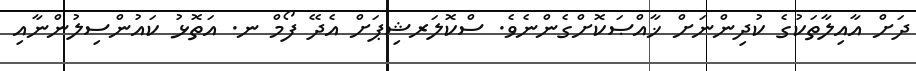
ދަށް އާއިލާތަކުގެ ކުދިންނަށް ޚާއްޞަކޮށްގެންނެވެ. ސްކޮލަރޝިޕަށް އެދޭ ފޯމް ނ. އަތޮޅު ކައުންސިލުންނާއި